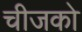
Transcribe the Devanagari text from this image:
चीजको